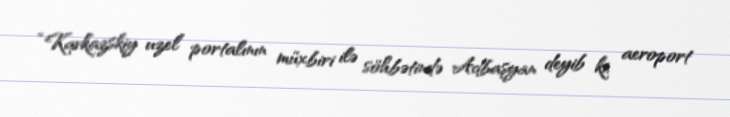
“Kavkazskiy uzel” portalının müxbiri ilə söhbətində Adbaşyan deyib ki, aeroport